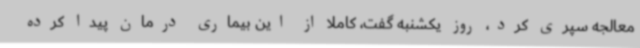
معالجه سپری کرد، روز یکشنبه گفت، کاملا از این بیماری درمان پیدا کرده